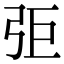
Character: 弡